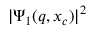
\vert \Psi _ { 1 } ( q , x _ { c } ) \vert ^ { 2 }